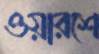
ওয়ারশে